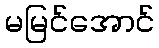
မမြင်အောင်